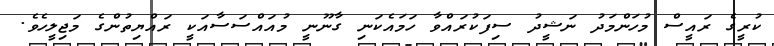
ކުރީގެ ރައީސް މުހަންމަދު ނަޝީދު ސިފަކުރައްވާ ހަމައެކަނި ގާނޫނީ މުއައްސަސާއަކީ ރައްޔިތުންގެ މަޖިލީހެވެ.